Medical and sanitary report of the native army of Bengal for the year
Year: 1877
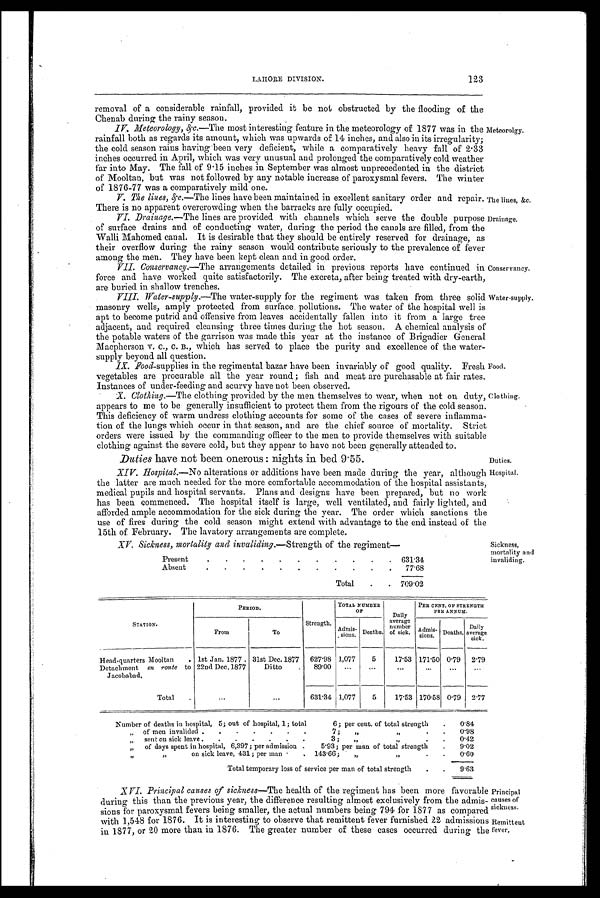
LAHORE DIVISION.
123
removal of a considerable rainfall, provided it be not obstructed by the flooding of the
Chenab during the rainy season.
I V . M e t e o r o l o g y , &
c . — T h e m o s t i n t e r e s t i n g f e a t u r e i n t h e m e t e o r o l o g y o f 1 8 7 7 w a s i n t h e
rainfall both as regards its amount, which was upwards of 14 inches, and also in its irregularity;
the cold season rains having been very deficient, while a comparatively heavy fall of 2.33
inches occurred in April, which was very unusual and prolonged the comparatively cold weather
far into May. The fall of 9.15 inches in September was almost unprecedented in the district
of Mooltan, but was not followed by any notable increase of paroxysmal fevers. The winter
of 1876-77 was a comparatively mild one.
I. The lines, &c.—The lines have been maintained in excellent sanitary order and repair.
There is no apparent overcrowding when the barracks are fully occupied.
II. Drainage.—The lines are provided with channels which serve the double purpose
of surface drains and of conducting water, during the period the canals are filled, from the
Walli Mahomed canal. It is desirable that they should be entirely reserved for drainage, as
their overflow during the rainy season would contribute seriously to the prevalence of fever
among the men. They have been kept clean and in good order.
III. Conservancy.—The arrangements detailed in previous reports have continued in
force and have worked quite satisfactorily. The excreta, after being treated with dry-earth,
are buried in shallow trenches.
IV.
Water-supply.—The water-supply for the regiment was taken from three solid
V.
masonry wells, amply protected from surface pollutions. The water of the hospital well is
apt to become putrid and offensive from leaves accidentally fallen into it from a large tree
• adjacent, and required cleansing three times during the hot season. A chemical analysis of
the potable waters of the garrison was made this year at the instance of Brigadier General
Macpherson. v. C., C . B., which has served to place the purity and excellence of the water-
supply beyond all question.
IX. Food-supplies in the regimental bazar have been invariably of good quality. Fresh
vegetables are procurable all the year round; fish and meat are purchasable at fair rates.
Instances of under-feeding and scurvy have not been observed.
X. Clothing.—Theclothing provided by the men themselves to wear, when not on duty,
appears to me to be generally insufficient to protect them from the rigours of the cold season.
This deficiency of warm undress clothing accounts for some of the cases of severe inflamma-
tion of the lungs which occur in that season, and are the chief source of mortality. Strict
orders were issued by the commanding officer to the men. to provide themselves with suitable
clothing against the severe cold, but they appear to have not been generally attended to.
D u t i e s
h a v e n o t b e e n o n e r o u s : n i g h t s i n b e d 9 . 5 5 .
XVI. Hospital.—No alterations or additions have been made during the year, although
the latter are much needed for the more comfortable accommodation of the hospital assistants,
medical pupils and hospital servants. Plans and designs have been prepared, but no work
has been commenced. The hospital itself is large, well ventilated, and fairly lighted, and
afforded ample accommodation for the sick during the year. The order which sanctions the
use of fires during the cold season might extend with advantage to the end instead of the
15th of February. The lavatory arrangements are complete.
XV. Sickness, mortality and invaliding.— Strength of the regiment
Present
.
.
.
.
.
.
.
. .
.
.
631.34
Absent
.
.
.
.
.
.
.
.
.
.
.
77.68
Total
.
. 709.02
Meteorolgy.
The lines, &c.
Drainage.
Conservancy.
Water-supply.
Food.
Clothing.
Duties.
Hospital.
Sickness,
mortality and
invaliding.
STATION.
PERIOD.
Strength.
TOTAL NUMBER
OF
Daily
average
number
of sick.
PER CENT. OF STRENGTH
PER ANNUM.
From
To
Admis-
sion. Deaths.
Admis-
sions.
Deaths.
Daily
averag
s i ck.
Head-quarters Mooltan
Detachment en route to
Jacobabad,
1st Jan. 1877 . 31st Dec. 1877
627.98 1,077
5
17.53 171.50 0.79
2.79
22nd Dec. 1877
Ditto
89.00
. . .
. . .
. . .
...
. . .
. . .
Total
...
. . .
631.34 1,077
5
17.53 170.58 0.79
2.77
Number of deaths in hospital, 5; out of hospital, 1; total
6; per cent, of total strength
.
0.84
” of men invalided .
.
.
.
.
.
.
7;
,,
”
.
.
0.98
”
sent on sick leave .
.
.
.
.
.
.
3 ;
,,
”
.
.
0.42
” of days spent in hospital, 6,397; per admission .
5.93; per man of total strength
.
9.02
”
”
on sick leave, 431; per man
. . 143.66 ;
„
” .
.
0 . 6 0
Total temporary loss of service per man of total strength
.
.
9.63
XVI. Principal causes of sickness—The health of the regiment has been more favorable
during this than the previous year, the difference resulting almost exclusively from the admis-
sions for paroxysmal fevers being smaller, the actual numbers being 794 for 1877 as compared
with 1,548 for 1876. It is interesting to observe that remittent fever furnished 22 admissions
in 1877, or 20 more than in 1876. The greater number of these cases occurred during the
Principal
causes of
sickness.
Remittent
fever,